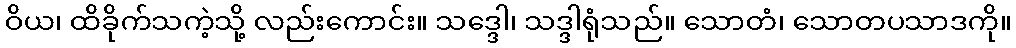
ဝိယ၊ ထိခိုက်သကဲ့သို့ လည်းကောင်း။ သဒ္ဒေါ၊ သဒ္ဒါရုံသည်။ သောတံ၊ သောတပသာဒကို။